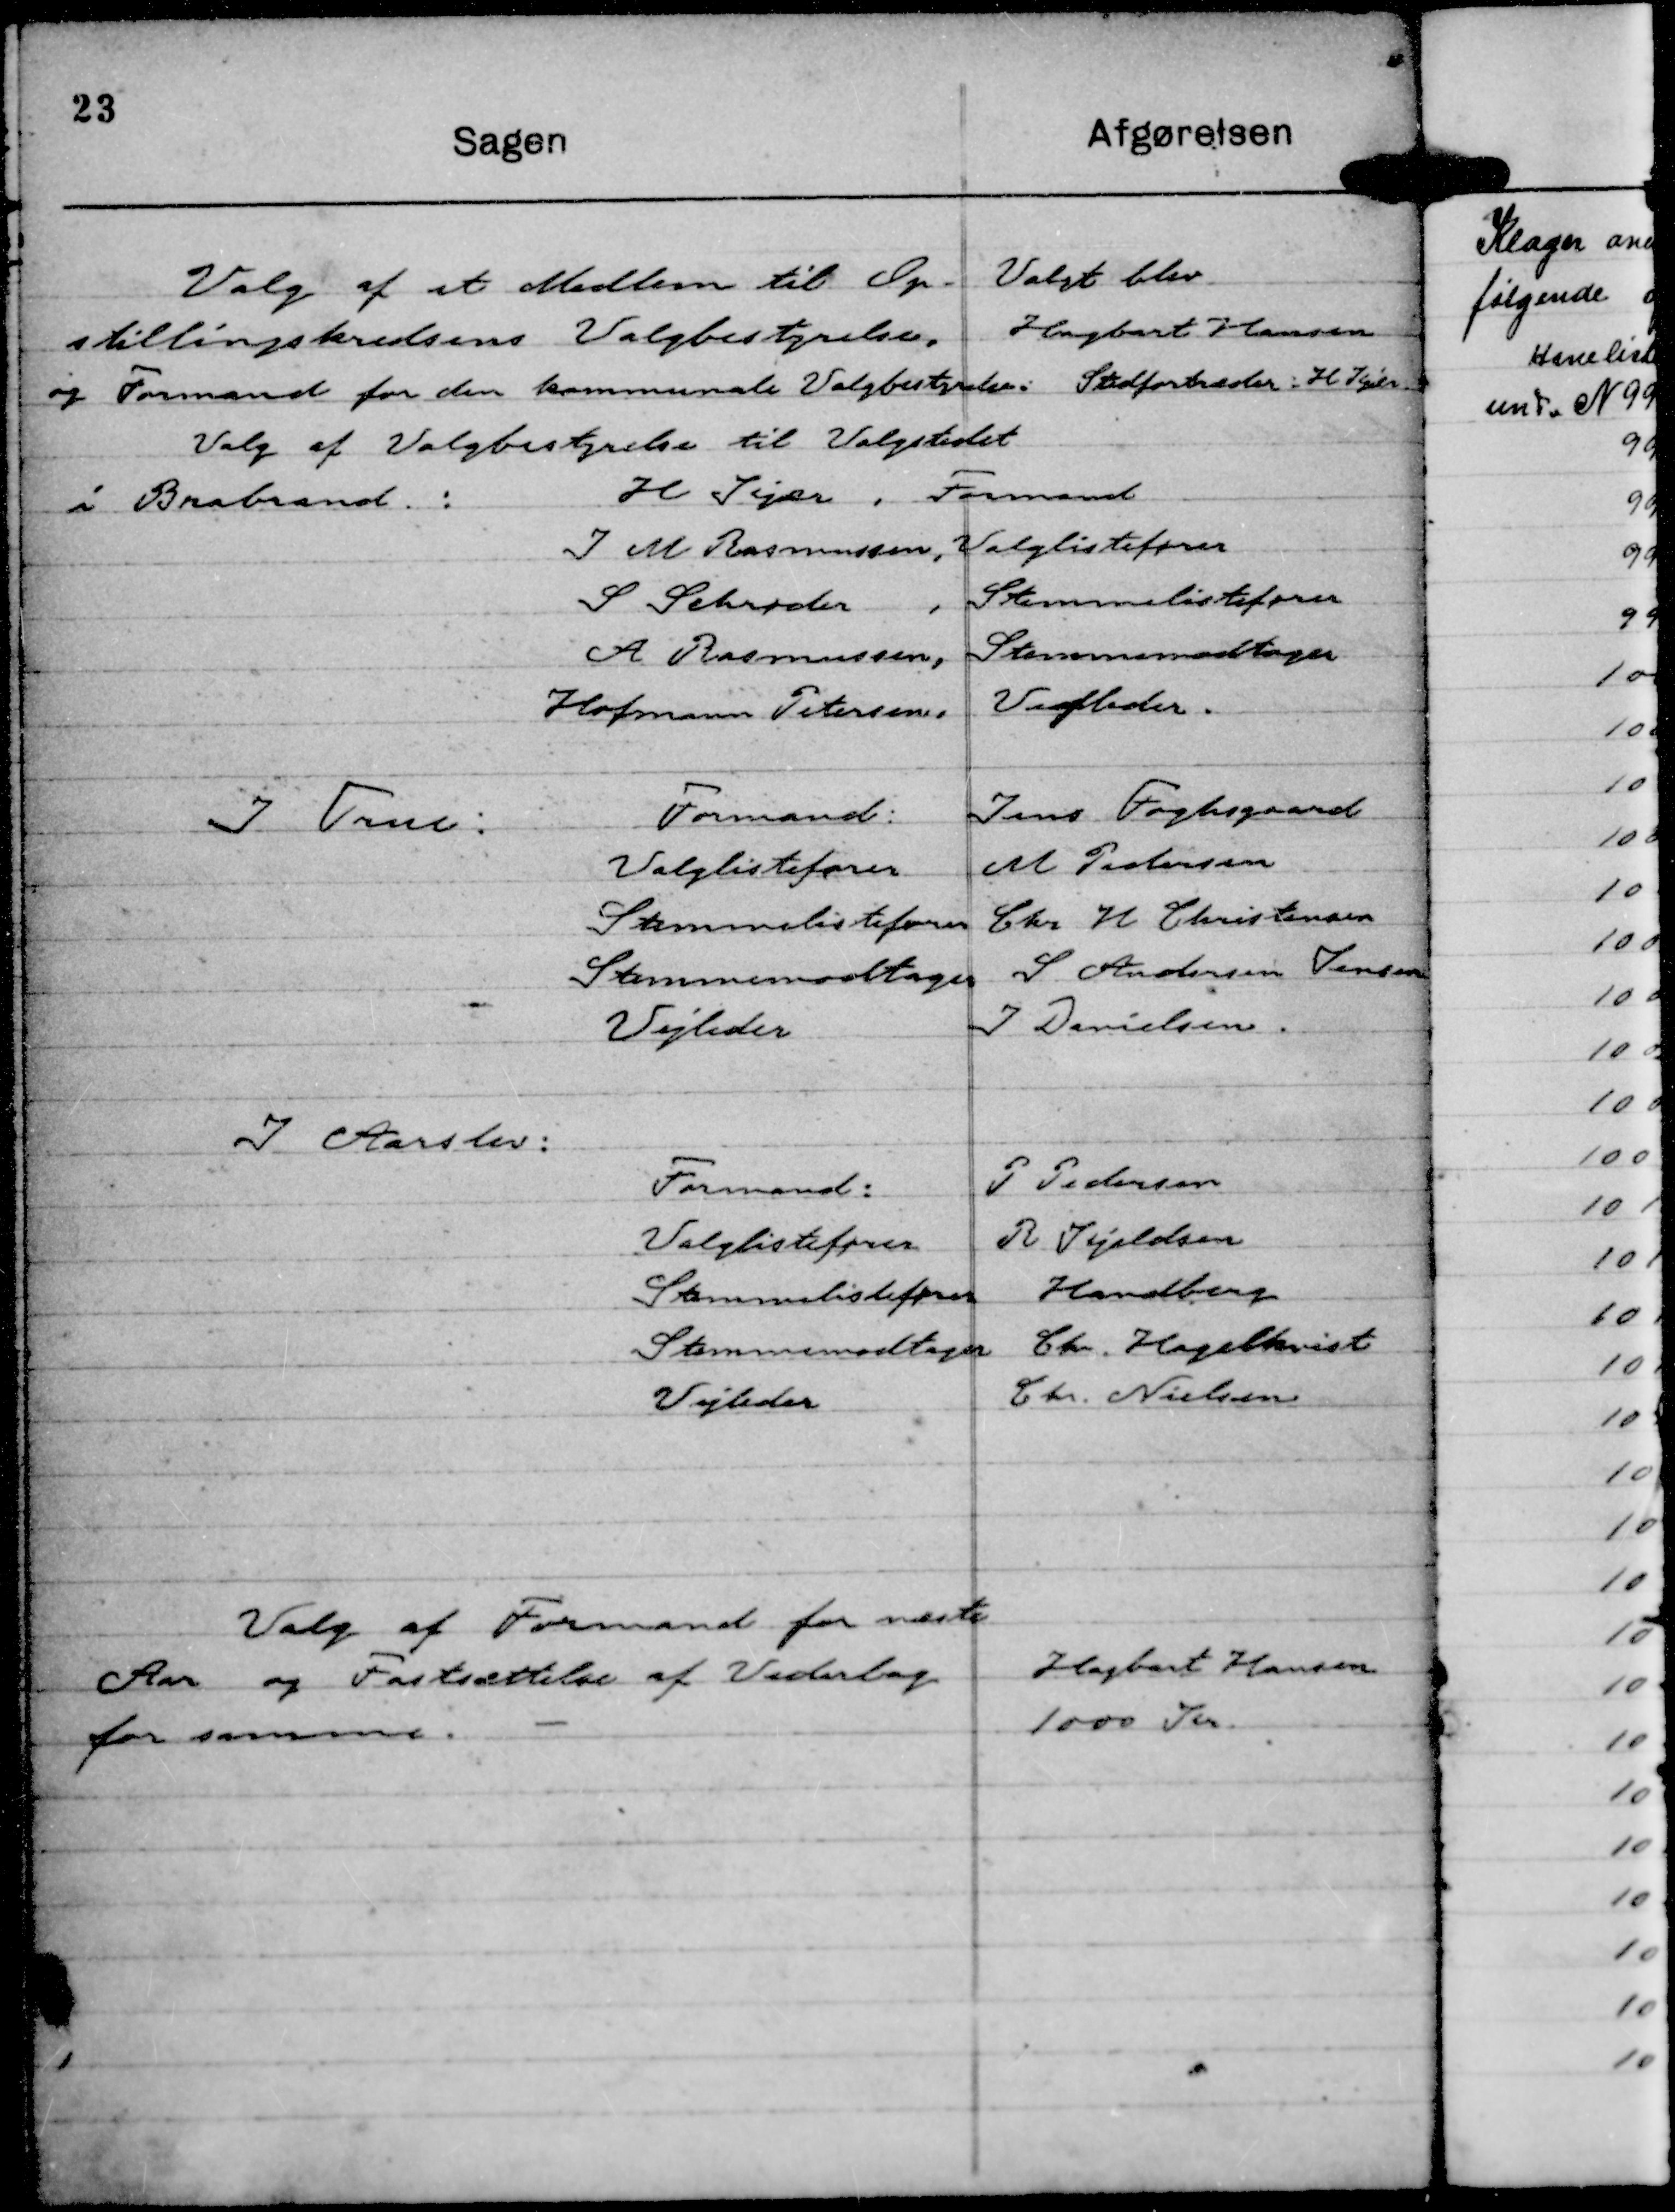
Transskription:
Valg af et Medlem til Op-
stillingskredsens Valgbestyrelse,
og Formand for den kommunale Valgbestyrelse:

Valgt blev
Hagbart Hansen
Stedfortræder: H Kjær

Valg af Valgbestyrelse til Valgstedet
i Brabrand:
H Kjær, Formand
J M Rasmussen, Valglistefører
S. Schrøder, Stemmelistefører
A Rasmussen, Stemmemodtager
Hofmann Petersen, Vejleder.

I True:
Formand:
Jens Fogsgaard
Valglistefører
M Pedersen
Stemmelistefører
Chr H Christensen
Stemmemodtager
S Andersen Jensen
Vejleder
J Danielsen.

I Aarslev:
Formand:
P Pedersen
Valglistefører
R Kjeldsen
Stemmelistefører
Handberg
Stemmemodtager
Chr. Hagelkvist
Vejleder
Chr. Nielsen

Valg af Formand for næste
Aar og Fastsættelse af Vederlag
for samme.

Hagbart Hansen
1000 Kr.